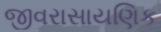
જીવરાસાયણિક